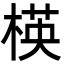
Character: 楧